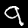
Label: 9